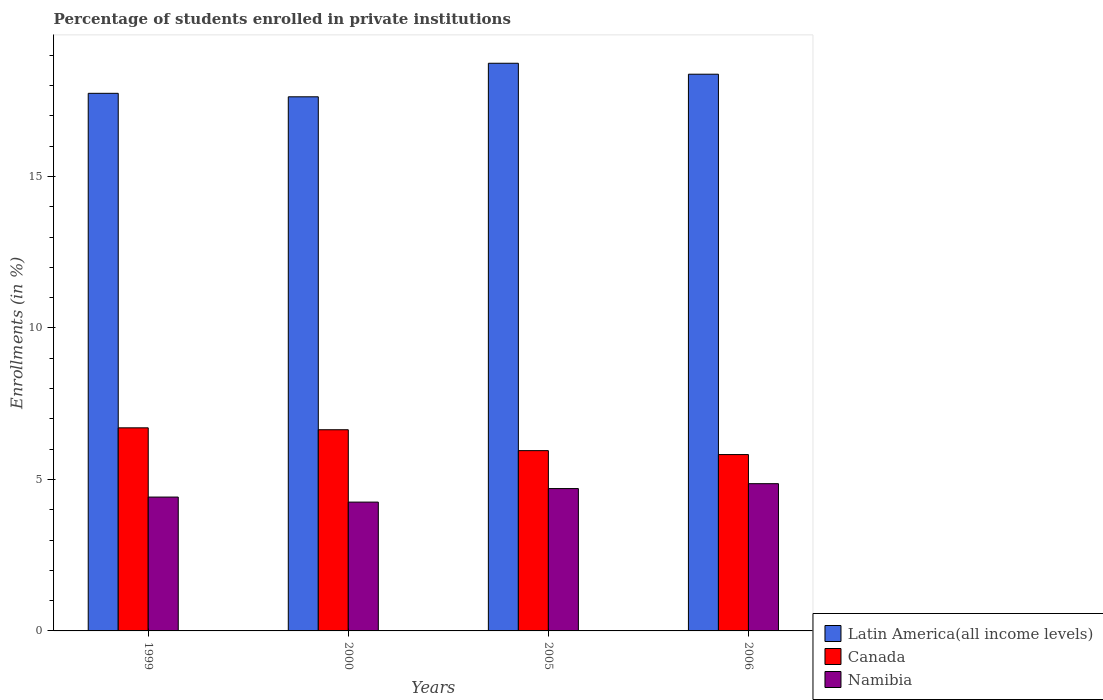
| Years | Latin America(all income levels) | Canada | Namibia |
 | --- | --- | --- | --- |
 | 1999 | 17.7 | 6.7 | 4.42 |
 | 2000 | 17.6 | 6.64 | 4.25 |
 | 2005 | 18.7 | 5.95 | 4.7 |
 | 2006 | 18.4 | 5.82 | 4.86 |